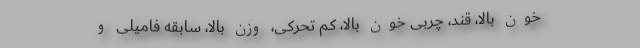
خون بالا، قند، چربی خون بالا، کم تحرکی، وزن بالا، سابقه فامیلی و